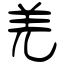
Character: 羌